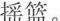
摇篮。